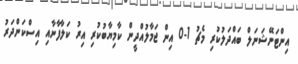
އިންޓަނޭޝަނަލް ބައްދަލުކުރި މެޗު 1-0 އިން ޖަމާލުއްދީން ކާމިޔާބުކުރި އިރު ކަލާފާނާއި އިސްކަންދަރު